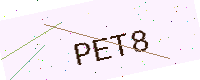
Text: PET8